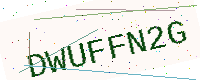
Text: DWUFFN2G